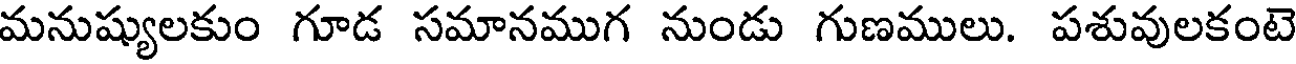
మనుష్యులకుం గూడ సమానముగ నుండు గుణములు. పశువులకంటె